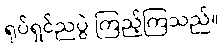
ရုပ်ရှင်ညပွဲ ကြည့်ကြသည်။